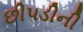
છીપડીની